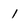
Character: 1